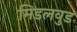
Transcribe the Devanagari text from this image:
मिडलवुड